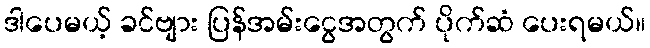
ဒါပေမယ့် ခင်ဗျား ပြန်အမ်းငွေအတွက် ပိုက်ဆံ ပေးရမယ်။